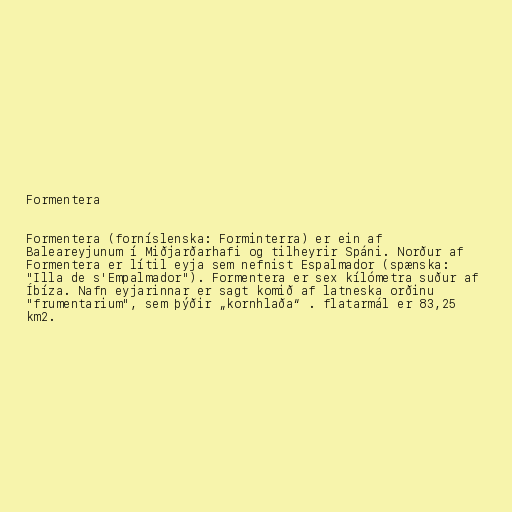
Formentera

Formentera (forníslenska: Forminterra) er ein af
Baleareyjunum í Miðjarðarhafi og tilheyrir Spáni. Norður af
Formentera er lítil eyja sem nefnist Espalmador (spænska:
"Illa de s'Empalmador"). Formentera er sex kílómetra suður af
Íbíza. Nafn eyjarinnar er sagt komið af latneska orðinu
"frumentarium", sem þýðir „kornhlaða“ . flatarmál er 83,25
km2.